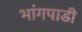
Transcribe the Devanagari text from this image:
भांगपाडी